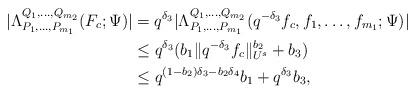
LaTeX: \begin{align*}|\Lambda_{P_1,\dots,P_{m_1}}^{Q_1,\dots,Q_{m_2}}(F_c;\Psi)| &= q^{\delta_3}|\Lambda_{P_1,\dots,P_{m_1}}^{Q_1,\dots,Q_{m_2}}(q^{-\delta_3}f_c,f_1,\dots,f_{m_1};\Psi)| \\ &\leq q^{\delta_3}(b_1\|q^{-\delta_3}f_c\|_{U^s}^{b_2}+b_3) \\&\leq q^{(1-b_2)\delta_3-b_2\delta_4}b_1+q^{\delta_3}b_3,\end{align*}